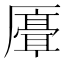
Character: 𫨣